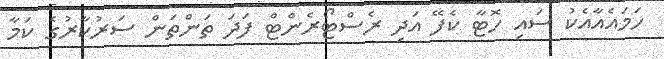
ހަމައެއާއެކު ސައި ހޮޓާ ކެފޭ އަދި ރެސްޓޯރެންޓް ފަދަ ތަންތަން ސަރުކާރުގެ ކަމާ